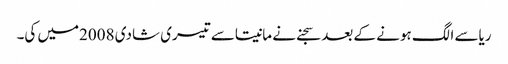
ریاسے الگ ہونے کے بعد سجنے نے مانیتاسے تیسری شادی 2008میں کی۔